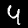
Label: 4